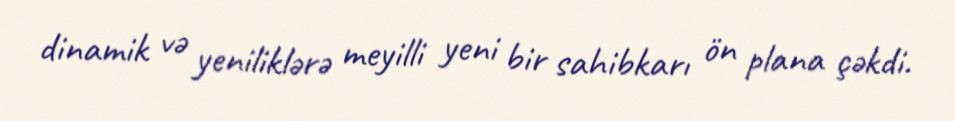
dinamik və yeniliklərə meyilli yeni bir sahibkarı ön plana çəkdi.